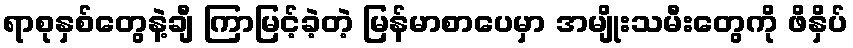
ရာစုနှစ်တွေနဲ့ချီ ကြာမြင့်ခဲ့တဲ့ မြန်မာစာပေမှာ အမျိုးသမီးတွေကို ဖိနှိပ်